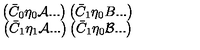
\begin{array} { c c } { \left( \bar { C } _ { 0 } \eta _ { 0 } { \cal A } . . . \right) \left( \bar { C } _ { 1 } \eta _ { 0 } B . . . \right) } \\ { \left( \bar { C } _ { 1 } \eta _ { 1 } { \cal A } . . . \right) \left( \bar { C } _ { 1 } \eta _ { 0 } { \cal B } . . . \right) } \\ \end{array}